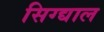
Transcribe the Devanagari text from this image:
सिग्द्याल